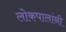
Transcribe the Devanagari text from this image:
लोकपालांनी